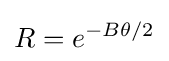
R=e^{-B\theta /2}